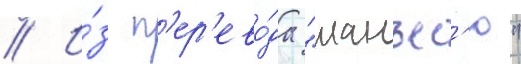
// И́з п'ер'ево́да "манъес'ю"